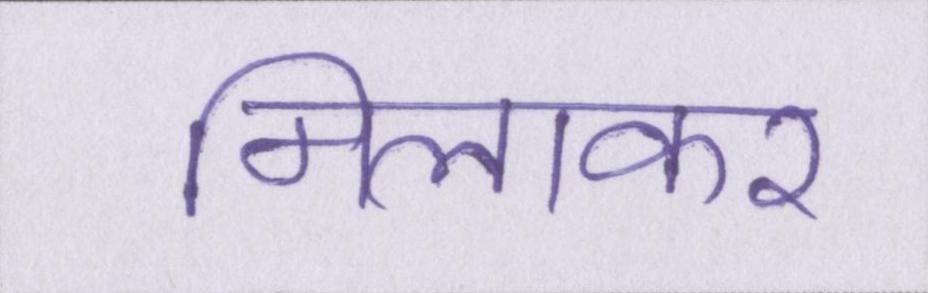
मिलाकर